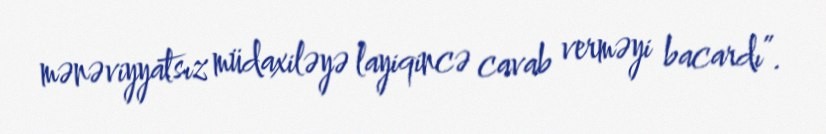
mənəviyyatsız müdaxiləyə layiqincə cavab verməyi bacardı”.